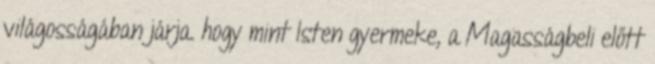
világosságában járja. hogy mint Isten gyermeke, a Magasságbeli előtt